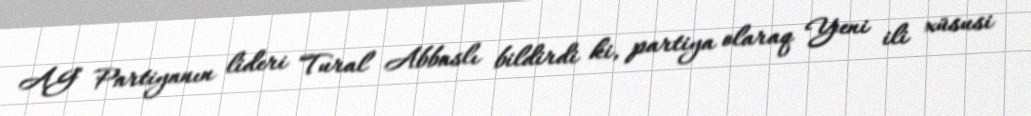
AG Partiyanın lideri Tural Abbaslı bildirdi ki, partiya olaraq Yeni ili xüsusi